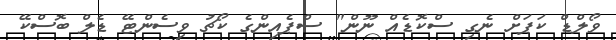
ވޯލްޑް ކަޕަށް ނެގި ސްކޮޑެއް ނޫން" ސްޕެއިންގެ ކޯޗު ވިސެންޓޭ ޑެލް ބޮސްކޭ